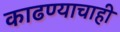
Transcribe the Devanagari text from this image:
काढण्याचाही